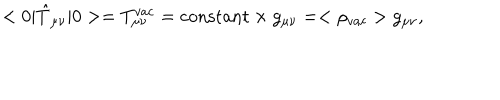
< 0 | \hat { T } _ { \mu \nu } | 0 > = T _ { \mu \nu } ^ { v a c } = \mathrm { c o n s t a n t } \times g _ { \mu \nu } = < \rho _ { v a c } > g _ { \mu \nu } ,